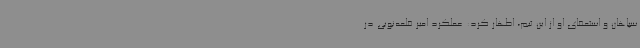
سپاهان و استعفای او از این تیم، اظهار کرد: عملکرد امیر قلعه‌نویی در